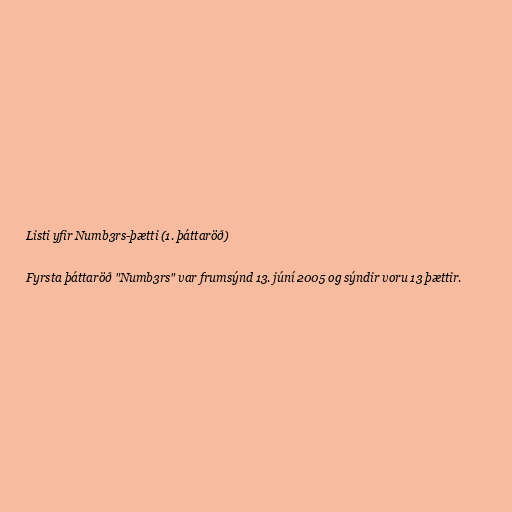
Listi yfir Numb3rs-þætti (1. þáttaröð)

Fyrsta þáttaröð "Numb3rs" var frumsýnd 13. júní 2005 og sýndir voru 13 þættir.